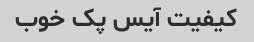
کیفیت آیس پک خوب